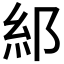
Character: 𮈂